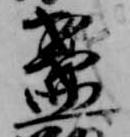
盞